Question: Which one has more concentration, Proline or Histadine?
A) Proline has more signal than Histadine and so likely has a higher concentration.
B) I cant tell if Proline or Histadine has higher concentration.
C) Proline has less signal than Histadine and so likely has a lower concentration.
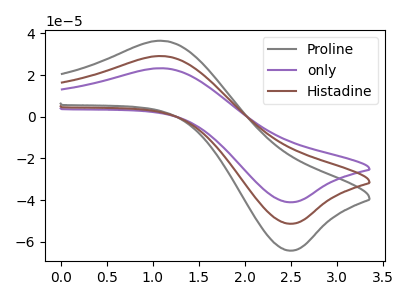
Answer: <think>The gray curve "Proline" has an anodic peak at (1.15V, 36.40uA) and a cathodic peak at (2.50V, -64.25uA). The purple curve "only" has an anodic peak at (1.15V, 58.15uA) and a cathodic peak at (2.50V, -102.70uA). The brown curve "Histadine" has an anodic peak at (1.15V, 29.10uA) and a cathodic peak at (2.50V, -51.35uA).
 All the peaks in "Proline" have a peak in "Histadine" at the same potential. Every peak in "Proline" is higher than every peak in "Histadine".</think>
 <answer>A) "Proline" has more signal than "Histadine" and so likely has a higher concentration.</answer>
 <eval>A</eval>